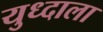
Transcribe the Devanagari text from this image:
युध्दाला